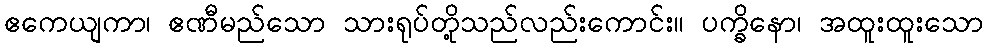
ဧကေယျကာ၊ ဧဏီမည်သော သားရုပ်တို့သည်လည်းကောင်း။ ပက္ခိနော၊ အထူးထူးသော